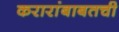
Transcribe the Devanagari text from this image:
करारांबाबतची